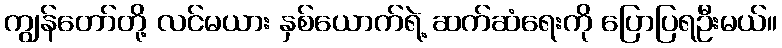
ကျွန်တော်တို့ လင်မယား နှစ်ယောက်ရဲ့ ဆက်ဆံရေးကို ပြောပြရဦးမယ်။